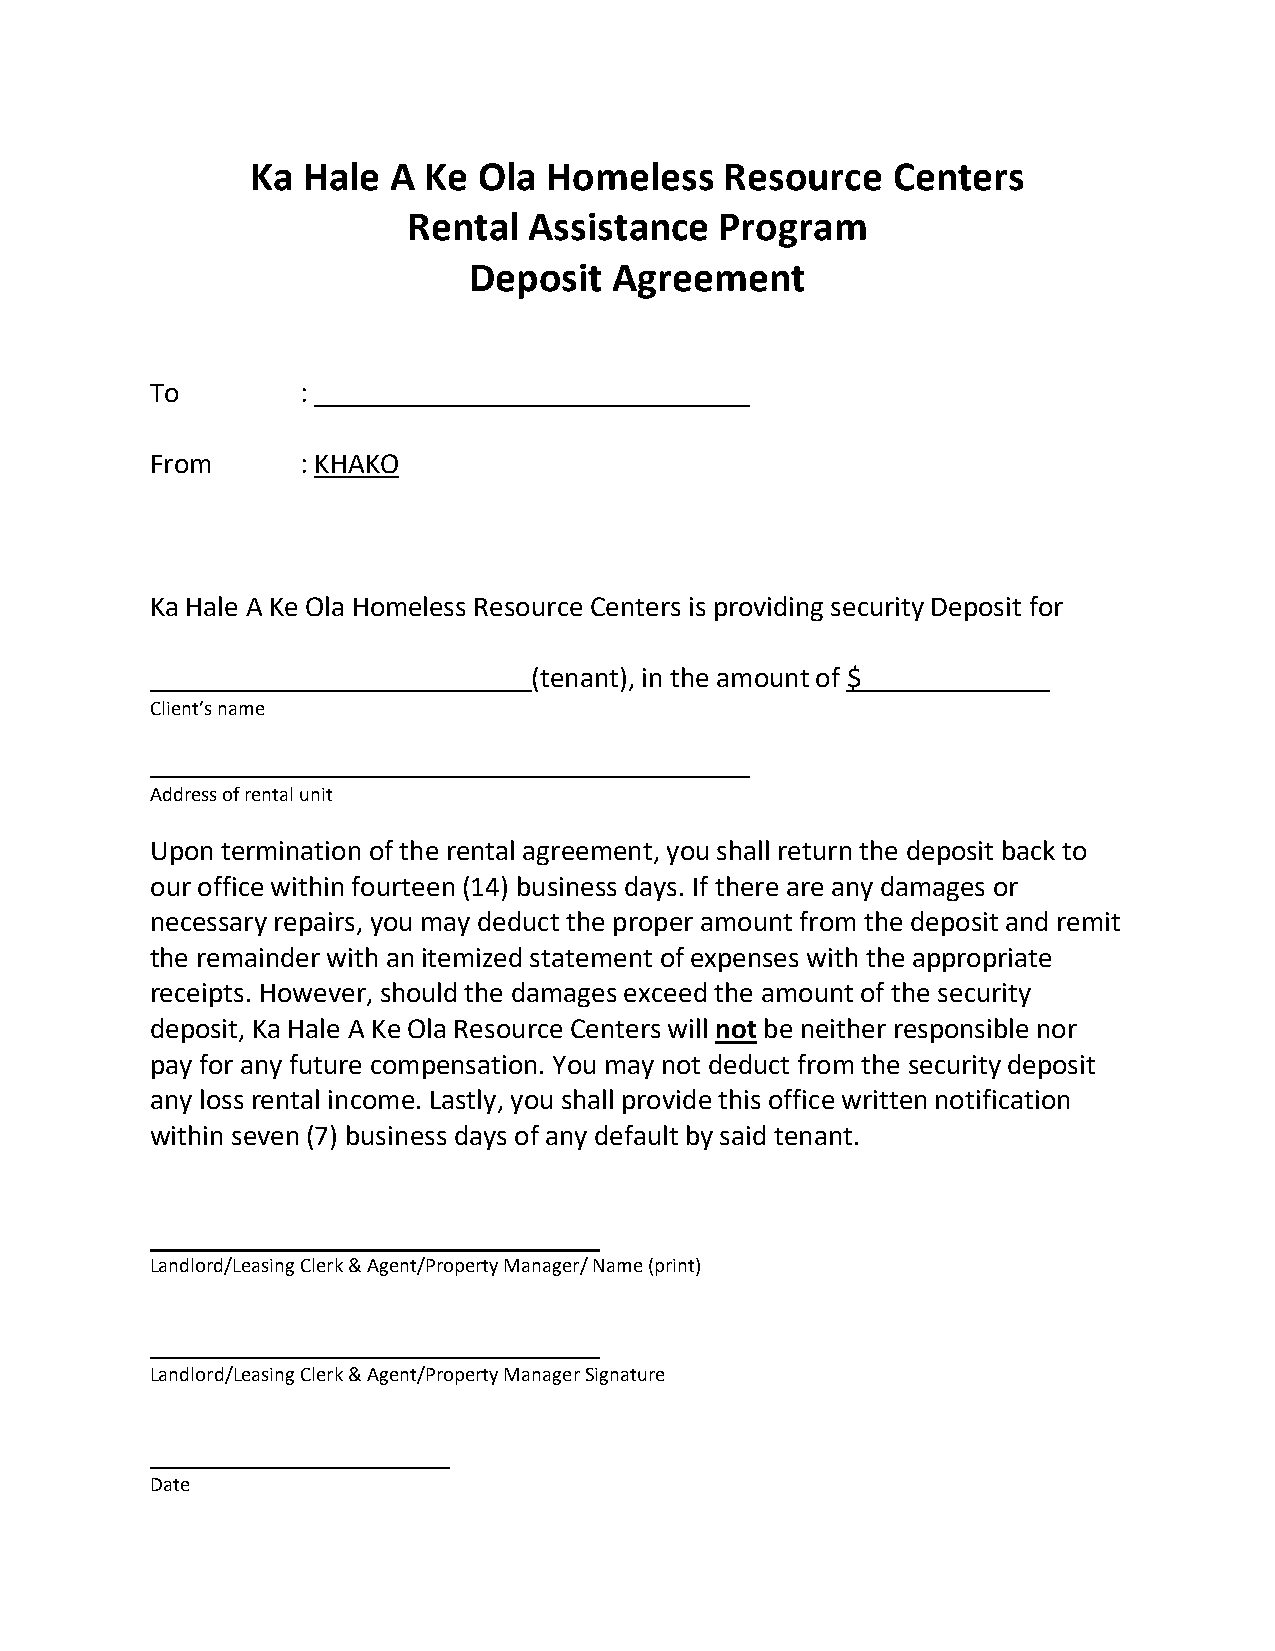
Ka Hale  A Ke  Ola Homeless    Resource   Centers
 Rental  Assistance   Program
 Deposit   Agreement
 To        :
 From      : KHAKO
 Ka Hale A Ke Ola Homeless Resource Centers is providing security Deposit for
 (tenant), in the amount of $
 Client’s name
 Address of rental unit
 Upon termination of the rental agreement, you shall return the deposit back to
 our office within fourteen (14) business days. If there are any damages or
 necessary repairs, you may deduct the proper amount from the deposit and remit
 the remainder with an itemized statement of expenses with the appropriate
 receipts. However, should the damages exceed the amount of the security
 deposit, Ka Hale A Ke Ola Resource Centers will not be neither responsible nor
 pay for any future compensation. You may not deduct from the security deposit
 any loss rental income. Lastly, you shall provide this office written notification
 within seven (7) business days of any default by said tenant.
 Landlord/Leasing Clerk & Agent/Property Manager/ Name (print)
 Landlord/Leasing Clerk & Agent/Property Manager Signature
 Date